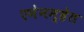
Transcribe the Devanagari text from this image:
एमेनम्हेत